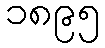
၁၈၉၅